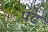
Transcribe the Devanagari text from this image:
प़ढ